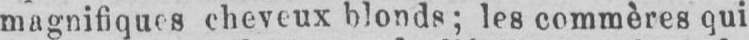
magnifiques cheveux blonds; les commères qui